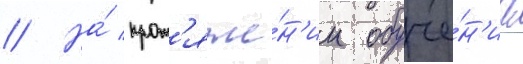
// На́ прот'яже́н'ии обуче́н'иа